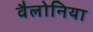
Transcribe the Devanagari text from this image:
वैलोनिया